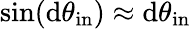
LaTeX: \sin(\mathrm{d}\theta_{\mathrm{{in}}})\approx\mathrm{d}\theta_{\mathrm{{in}}}